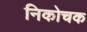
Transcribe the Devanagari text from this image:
निकोचक